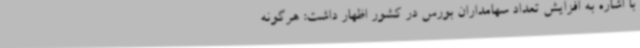
با اشاره به افزایش تعداد سهامداران بورس در کشور اظهار داشت:‌ هرگونه